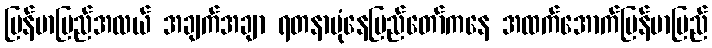
မြန်မာပြည်အလယ် အချက်အချာ ရတနာပုံနေပြည်တော်ကနေ အထက်အောက်မြန်မာပြည်